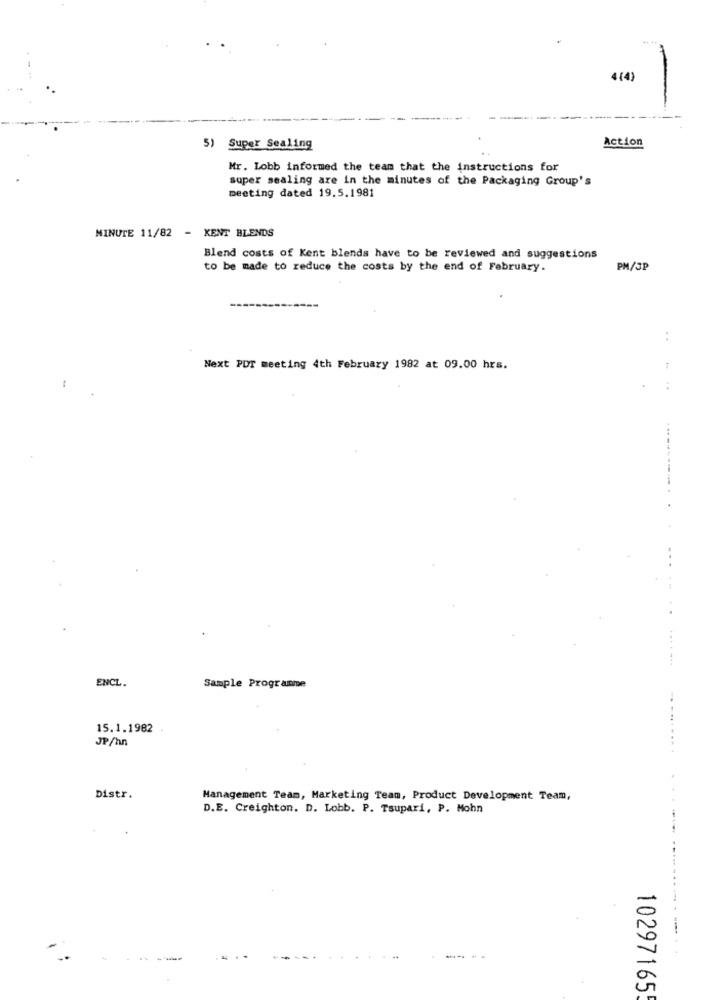
4(4)
5) Super Sealing
Action
Mr. Lobb informed the team that the instructions for
super sealing are in the minutes of the Packaging Group's
meeting dated 19.5.1981
MINUTE 11/82 - KENT BLENDS
Blend costs of Kent blends have to be reviewed and suggestions
to be made to reduce the costs by the end of February.
PM/JP
..
Next PDT meeting 4th February 1982 at 09.00 hrs.
.....
........
ENCL.
Sample Programme
15.1.1982
JP/hn
Distr.
Management Team, Marketing Team, Product Development Team,
D.E. Creighton. D. Lobb. P. Tsupari, P. Mohn
---
10297165